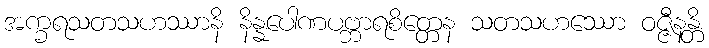
အက္ခရသတသဟဿာနိ နိန္နပေါဏပဗ္ဘာရစိတ္တေန သတသဟဿော ဝဇ္ဇီနန္တိ